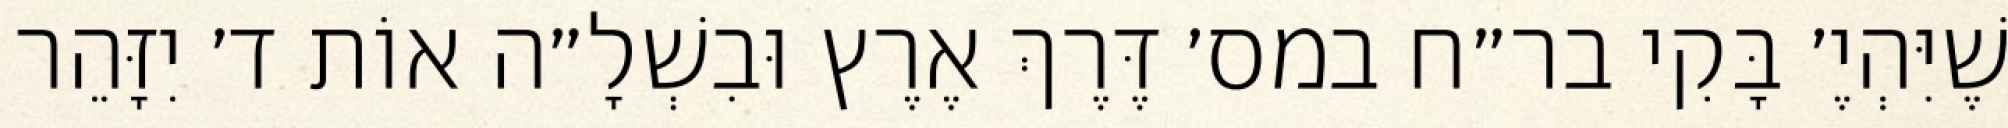
שֶׁיִּהְיֶ׳ בָּקִי בר״ח במס׳ דֶּרֶךְ אֶרֶץ וּבִשְׁלָ״ה אוֹת ד׳ יִזָּהֵר